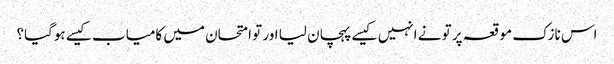
اس نازک موقعہ پر تو نے انہیں کیسے پہچان لیا اور تو امتحان میں کامیاب کیسے ہوگیا؟